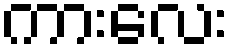
ကားလေး